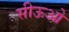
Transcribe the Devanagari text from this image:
सीऊओ